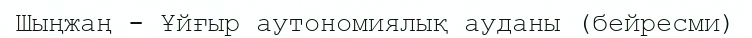
Шыңжаң - Ұйғыр аутономиялық ауданы (бейресми)